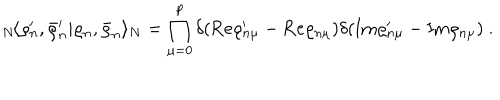
LaTeX: { } _ { N } \! \langle \varrho _ { n } ^ { \prime } , \bar { \varrho } _ { n } ^ { \prime } | \varrho _ { n } , \bar { \varrho } _ { n } \rangle _ { N } = \prod _ { \mu = 0 } ^ { p } \delta ( \mathrm { R e } \varrho _ { n \mu } ^ { \prime } - \mathrm { R e } \varrho _ { n \mu } ) \delta ( \mathrm { I m } \varrho _ { n \mu } ^ { \prime } - \mathrm { I m } \varrho _ { n \mu } ) ~ .